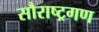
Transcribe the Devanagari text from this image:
सौराष्ट्रगण